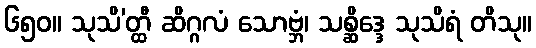
၆၅၀။ သုသိ’တ္ထီ ဆိဂ္ဂလံ သောဗ္ဘံ၊ သစ္ဆိဒ္ဒေ သုသိရံ တိသု။